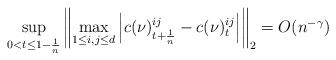
LaTeX: \begin{align*}\sup_{0< t\leq1-\frac{1}{n}}\left\|\max_{1\leq i,j\leq d}\left|c(\nu)^{ij}_{t+\frac{1}{n}}-c(\nu)^{ij}_t\right|\right\|_2=O(n^{-\gamma})\end{align*}